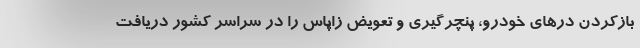
بازکردن درهای خودرو، پنچرگیری و تعویض زاپاس را در سراسر کشور دریافت